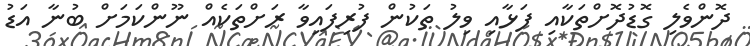
ދޮންވެލި ގޮޑުދޮށްތަކާއި ފަޅާއި ވިލު ތަކުން ފުރިފައިވާ ރަށްތަކެއް ނޫންކަމަށް ބުނާ އަޑު